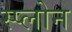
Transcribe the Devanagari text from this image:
स्प्लोन